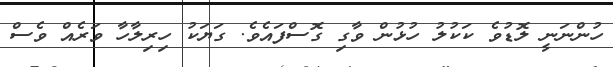
ހުންނަނީ ލޮޑުވެ ކަކުލު ހުޅުން ވާގި ގޮސްފައެވެ. ގަޔަކު ހިރިލާހާ ވަރެއް ވެސް